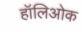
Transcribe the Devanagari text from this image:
हॉलिओक